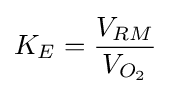
K_{E}={\frac {V_{RM}}{V_{O_{2}}}}